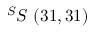
^ { S } S \ ( 3 1 , 3 1 )